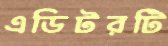
এডিটরটি